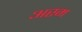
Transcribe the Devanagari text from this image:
अस्म